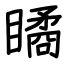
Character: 瞲